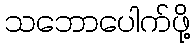
သဘောပေါက်ဖို့